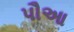
પૌઆ